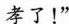
孝了！”